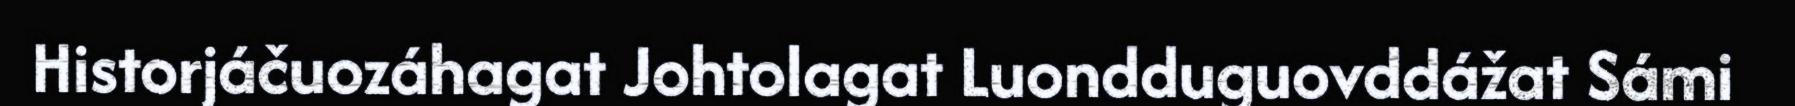
Historjáčuozáhagat Johtolagat Luondduguovddážat Sámi